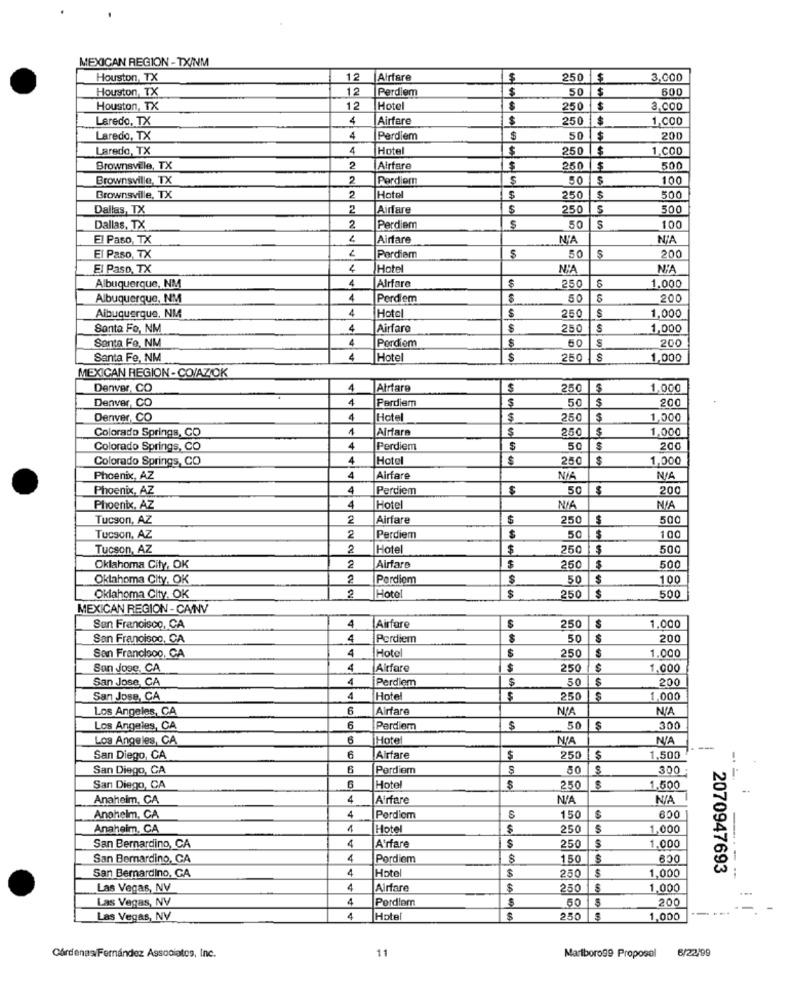
MEXICAN REGION - TX/NM
Houston, TX
12
Airfare
250 $
3,000
Houston, TX
12
Perdiem
50
$
600
Houston, TX
12
Hotel
250
3.000
Laredo, TX
4
Airfare
$
250
1,000
Laredo, TX
4
Perdiem
$
50
$
200
Laredo, TX
4
Hote
250
$
1.C00
Brownsvile, TX
2
Airfare
250
$
500
Brownsville, TX
2
Perdiem
50
100
Brownsville, TX
Hotel
250
500
Dallas, TX
2
Airfare
S
250
S
500
2
Dallas, TX
Perdiem
$
50
S
100
El Paso, TX
Airfare
N'A
NIA
200
El Paso, TX
Porciem
50
El Paso, TX
4
Hote
N'A
NIA
4
250
1.000
Albuquerque, NM
Alrfare
Albuquerque, NM
4
Perdiem
50
200
Albuquerque, NM
4
S
1.000
Hotc
$
250
Santa Fe, NM
4
Airfare
250
S
1,000
4
S
50
200
Santa Fe, NM
Pordiom
Santa Fe, NM
4
Hote
S
250 S
1,000
MEXICAN REGION - CO/AZOK
Denver, CO
4
Atrfare
$
250
$
1,000
Denver, CO
1
Perdiem
$
50
$
200
Denver, CO
4
Hotel
$
250
$
1,000
Colorado Springs, CO
Airfare
$
250
$
1.000
Colorado Springs, CO
4
Perdiem
$
50
200
Colorado Springs, CO
4
Hotel
250
1,000
Phoenix, AZ
4
Airfare
Phoenix, AZ
4
Perdiem
$
50
$
200
Phoenix, AZ
4
Hotel
Tucson, AZ
2
Airfare
250
500
$
Tucson, AZ
2
Perdiem
50
100
Tucson, AZ
2
Hotel
$
250
500
Oklahoma City, OK
2
Airfare
250
500
Oklahoma City, OK
2
Pordiom
50
$
100
Oklahoma City. OK
2
Hotel
$
250
500
MEXICAN REGION - CAINV
4
250
1.000
San Francisco, CA
Airfare
San Francisco, CA
4
Perdiem
$
50
200
4
250
$
1.000
San Francisco, CA
Hotel
San Jose, CA
4
Airfare
$
250
1.000
San Jose, CA
4
Perdiem
50
200
San Jose, CA
4
Hote
250
1.000
Los Angeles, CA
6
Airfare
Los Angeles, CA
6
Perdiem
$
50
S
300
Los Angeles, CA
6
Hotel
San Diego, CA
6
Airfare
S
250
$
1,500
San Diego, CA
6
Perdiem
50
300
San Diego, CA
6
Hotel
$
2,50
1,500
Anaheim, CA
4
Airfare
Anahelm, CA
4
Pordicm
150
$
600
Anaheim, CA
1
Hotel
$
250
S
1,000
4
San Bernardino, CA
A'rfare
250
1,000
San Bernardino, CA
4
Pordiem
150
$
600
4
$
$
1,000
2070947693
San Bernardino, GA
Hotel
250
Las Vegas, NV
4
Airfare
250
1,000
Las Vegas, NV
4
Pordlem
50
200
Las Vegas, NV
4
Hotel
$
250
1,000
11
6/22/99
Cárdenas Fernández Associates, Inc.
Marlboro99 Proposal